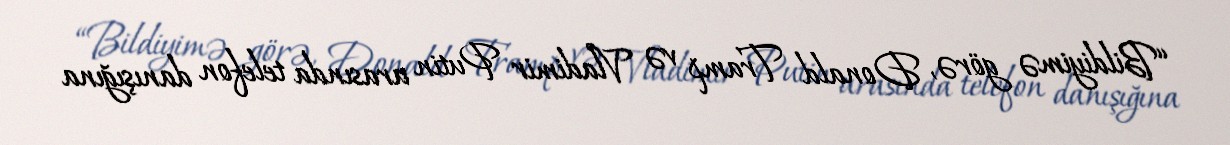
“Bildiyimə görə, Donald Tramp və Vladimir Putin arasında telefon danışığına